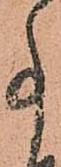
事